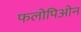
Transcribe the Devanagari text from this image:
फलोपिओन